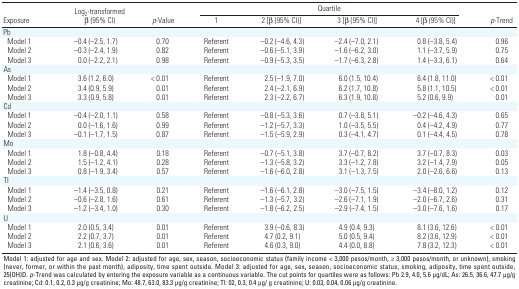
<table><thead><tr><td rowspan="2"><b>Exposure</b></td><td rowspan="2"><b>Log<sub>2</sub>-transformed β (95% CI)</b></td><td rowspan="2"><b><i>p</i>-Value</b></td><td colspan="4"><b>Quartile</b></td><td rowspan="2"><b><i>p</i>-Trend</b></td></tr><tr><td><b>1</b></td><td><b>2 [β (95% CI)]</b></td><td><b>3 [β (95% CI)]</b></td><td><b>4 [β (95% CI)]</b></td></tr></thead><tbody><tr><td><b>Pb</b></td></tr><tr><td><b>Model 1</b></td><td>–0.4 (–2.5, 1.7)</td><td>0.70</td><td>Referent</td><td>–0.2 (–4.6, 4.3)</td><td>–2.4 (–7.0, 2.1)</td><td>0.8 (–3.8, 5.4)</td><td>0.96</td></tr><tr><td><b>Model 2</b></td><td>–0.3 (–2.4, 1.9)</td><td>0.82</td><td>Referent</td><td>–0.6 (–5.1, 3.9)</td><td>–1.6 (–6.2, 3.0)</td><td>1.1 (–3.7, 5.9)</td><td>0.75</td></tr><tr><td><b>Model 3</b></td><td>0.0 (–2.2, 2.1)</td><td>0.98</td><td>Referent</td><td>–0.9 (–5.3, 3.5)</td><td>–1.7 (–6.3, 2.8)</td><td>1.4 (–3.3, 6.1)</td><td>0.64</td></tr><tr><td><b>As</b></td></tr><tr><td><b>Model 1</b></td><td>3.6 (1.2, 6.0)</td><td>&lt; 0.01</td><td>Referent</td><td>2.5 (–1.9, 7.0)</td><td>6.0 (1.5, 10.4)</td><td>6.4 (1.8, 11.0)</td><td>&lt; 0.01</td></tr><tr><td><b>Model 2</b></td><td>3.4 (0.9, 5.9)</td><td>0.01</td><td>Referent</td><td>2.4 (–2.1, 6.9)</td><td>6.2 (1.7, 10.8)</td><td>5.8 (1.1, 10.5)</td><td>&lt; 0.01</td></tr><tr><td><b>Model 3</b></td><td>3.3 (0.9, 5.8)</td><td>0.01</td><td>Referent</td><td>2.3 (–2.2, 6.7)</td><td>6.3 (1.9, 10.8)</td><td>5.2 (0.6, 9.9)</td><td>0.01</td></tr><tr><td><b>Cd</b></td></tr><tr><td><b>Model 1</b></td><td>–0.4 (–2.0, 1.1)</td><td>0.58</td><td>Referent</td><td>–0.8 (–5.3, 3.6)</td><td>0.7 (–3.8, 5.1)</td><td>–0.2 (–4.6, 4.3)</td><td>0.65</td></tr><tr><td><b>Model 2</b></td><td>0.0 (–1.6, 1.6)</td><td>0.99</td><td>Referent</td><td>–1.2 (–5.7, 3.3)</td><td>1.0 (–3.5, 5.5)</td><td>0.4 (–4.2, 4.9)</td><td>0.77</td></tr><tr><td><b>Model 3</b></td><td>–0.1 (–1.7, 1.5)</td><td>0.87</td><td>Referent</td><td>–1.5 (–5.9, 2.9)</td><td>0.3 (–4.1, 4.7)</td><td>0.1 (–4.4, 4.5)</td><td>0.78</td></tr><tr><td><b>Mo</b></td></tr><tr><td><b>Model 1</b></td><td>1.8 (–0.8, 4.4)</td><td>0.18</td><td>Referent</td><td>–0.7 (–5.1, 3.8)</td><td>3.7 (–0.7, 8.2)</td><td>3.7 (–0.7, 8.3)</td><td>0.03</td></tr><tr><td><b>Model 2</b></td><td>1.5 (–1.2, 4.1)</td><td>0.28</td><td>Referent</td><td>–1.3 (–5.8, 3.2)</td><td>3.3 (–1.2, 7.8)</td><td>3.2 (–1.4, 7.9)</td><td>0.05</td></tr><tr><td><b>Model 3</b></td><td>0.8 (–1.9, 3.4)</td><td>0.57</td><td>Referent</td><td>–1.6 (–6.0, 2.8)</td><td>3.1 (–1.3, 7.5)</td><td>2.0 (–2.6, 6.6)</td><td>0.13</td></tr><tr><td><b>Tl</b></td></tr><tr><td><b>Model 1</b></td><td>–1.4 (–3.5, 0.8)</td><td>0.21</td><td>Referent</td><td>–1.6 (–6.1, 2.8)</td><td>–3.0 (–7.5, 1.5)</td><td>–3.4 (–8.0, 1.2)</td><td>0.12</td></tr><tr><td><b>Model 2</b></td><td>–0.6 (–2.8, 1.6)</td><td>0.61</td><td>Referent</td><td>–1.3 (–5.7, 3.2)</td><td>–2.6 (–7.1, 1.9)</td><td>–2.0 (–6.7, 2.6)</td><td>0.31</td></tr><tr><td><b>Model 3</b></td><td>–1.2 (–3.4, 1.0)</td><td>0.30</td><td>Referent</td><td>–1.8 (–6.2, 2.5)</td><td>–2.9 (–7.4, 1.5)</td><td>–3.0 (–7.6, 1.6)</td><td>0.17</td></tr><tr><td><b>U</b></td></tr><tr><td><b>Model 1</b></td><td>2.0 (0.5, 3.4)</td><td>0.01</td><td>Referent</td><td>3.9 (–0.6, 8.3)</td><td>4.9 (0.4, 9.3)</td><td>8.1 (3.6, 12.6)</td><td>&lt; 0.01</td></tr><tr><td><b>Model 2</b></td><td>2.2 (0.7, 3.7)</td><td>0.01</td><td>Referent</td><td>4.7 (0.2, 9.1)</td><td>5.0 (0.5, 9.4)</td><td>8.2 (3.6, 12.9)</td><td>&lt; 0.01</td></tr><tr><td><b>Model 3</b></td><td>2.1 (0.6, 3.6)</td><td>0.01</td><td>Referent</td><td>4.6 (0.3, 9.0)</td><td>4.4 (0.0, 8.8)</td><td>7.8 (3.2, 12.3)</td><td>&lt; 0.01</td></tr><tr><td colspan="8">Model 1: adjusted for age and sex. Model 2: adjusted for age, sex, season, socioeconomic status (family income &lt; 3,000 pesos/month, ≥ 3,000 pesos/month, or unknown), smoking (never, former, or within the past month), adiposity, time spent outside. Model 3: adjusted for age, sex, season, socioeconomic status, smoking, adiposity, time spent outside, 25(OH)D. <i>p</i>-Trend was calculated by entering the exposure variable as a continuous variable. The cut points for quartiles were as follows: Pb 2.9, 4.0, 5.6 μg/dL; As: 26.5, 36.6, 47.7 μg/g creatinine; Cd: 0.1, 0.2, 0.3 μg/g creatinine; Mo: 48.7, 63.0, 83.3 μg/g creatinine; Tl: 02, 0.3, 0.4 μg/ g creatinine; U: 0.03, 0.04, 0.06 μg/g creatinine.</td></tr></tbody></table>